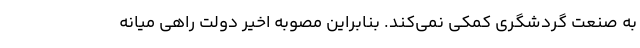
به صنعت گردشگری کمکی نمی‌کند. بنابراین مصوبه اخیر دولت راهی میانه